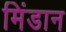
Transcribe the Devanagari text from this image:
मिंडान